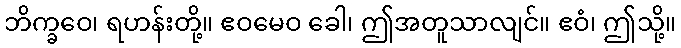
ဘိက္ခဝေ၊ ရဟန်းတို့။ ဧဝမေဝ ခေါ၊ ဤအတူသာလျင်။ ဧဝံ၊ ဤသို့။